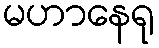
မဟာနေရု